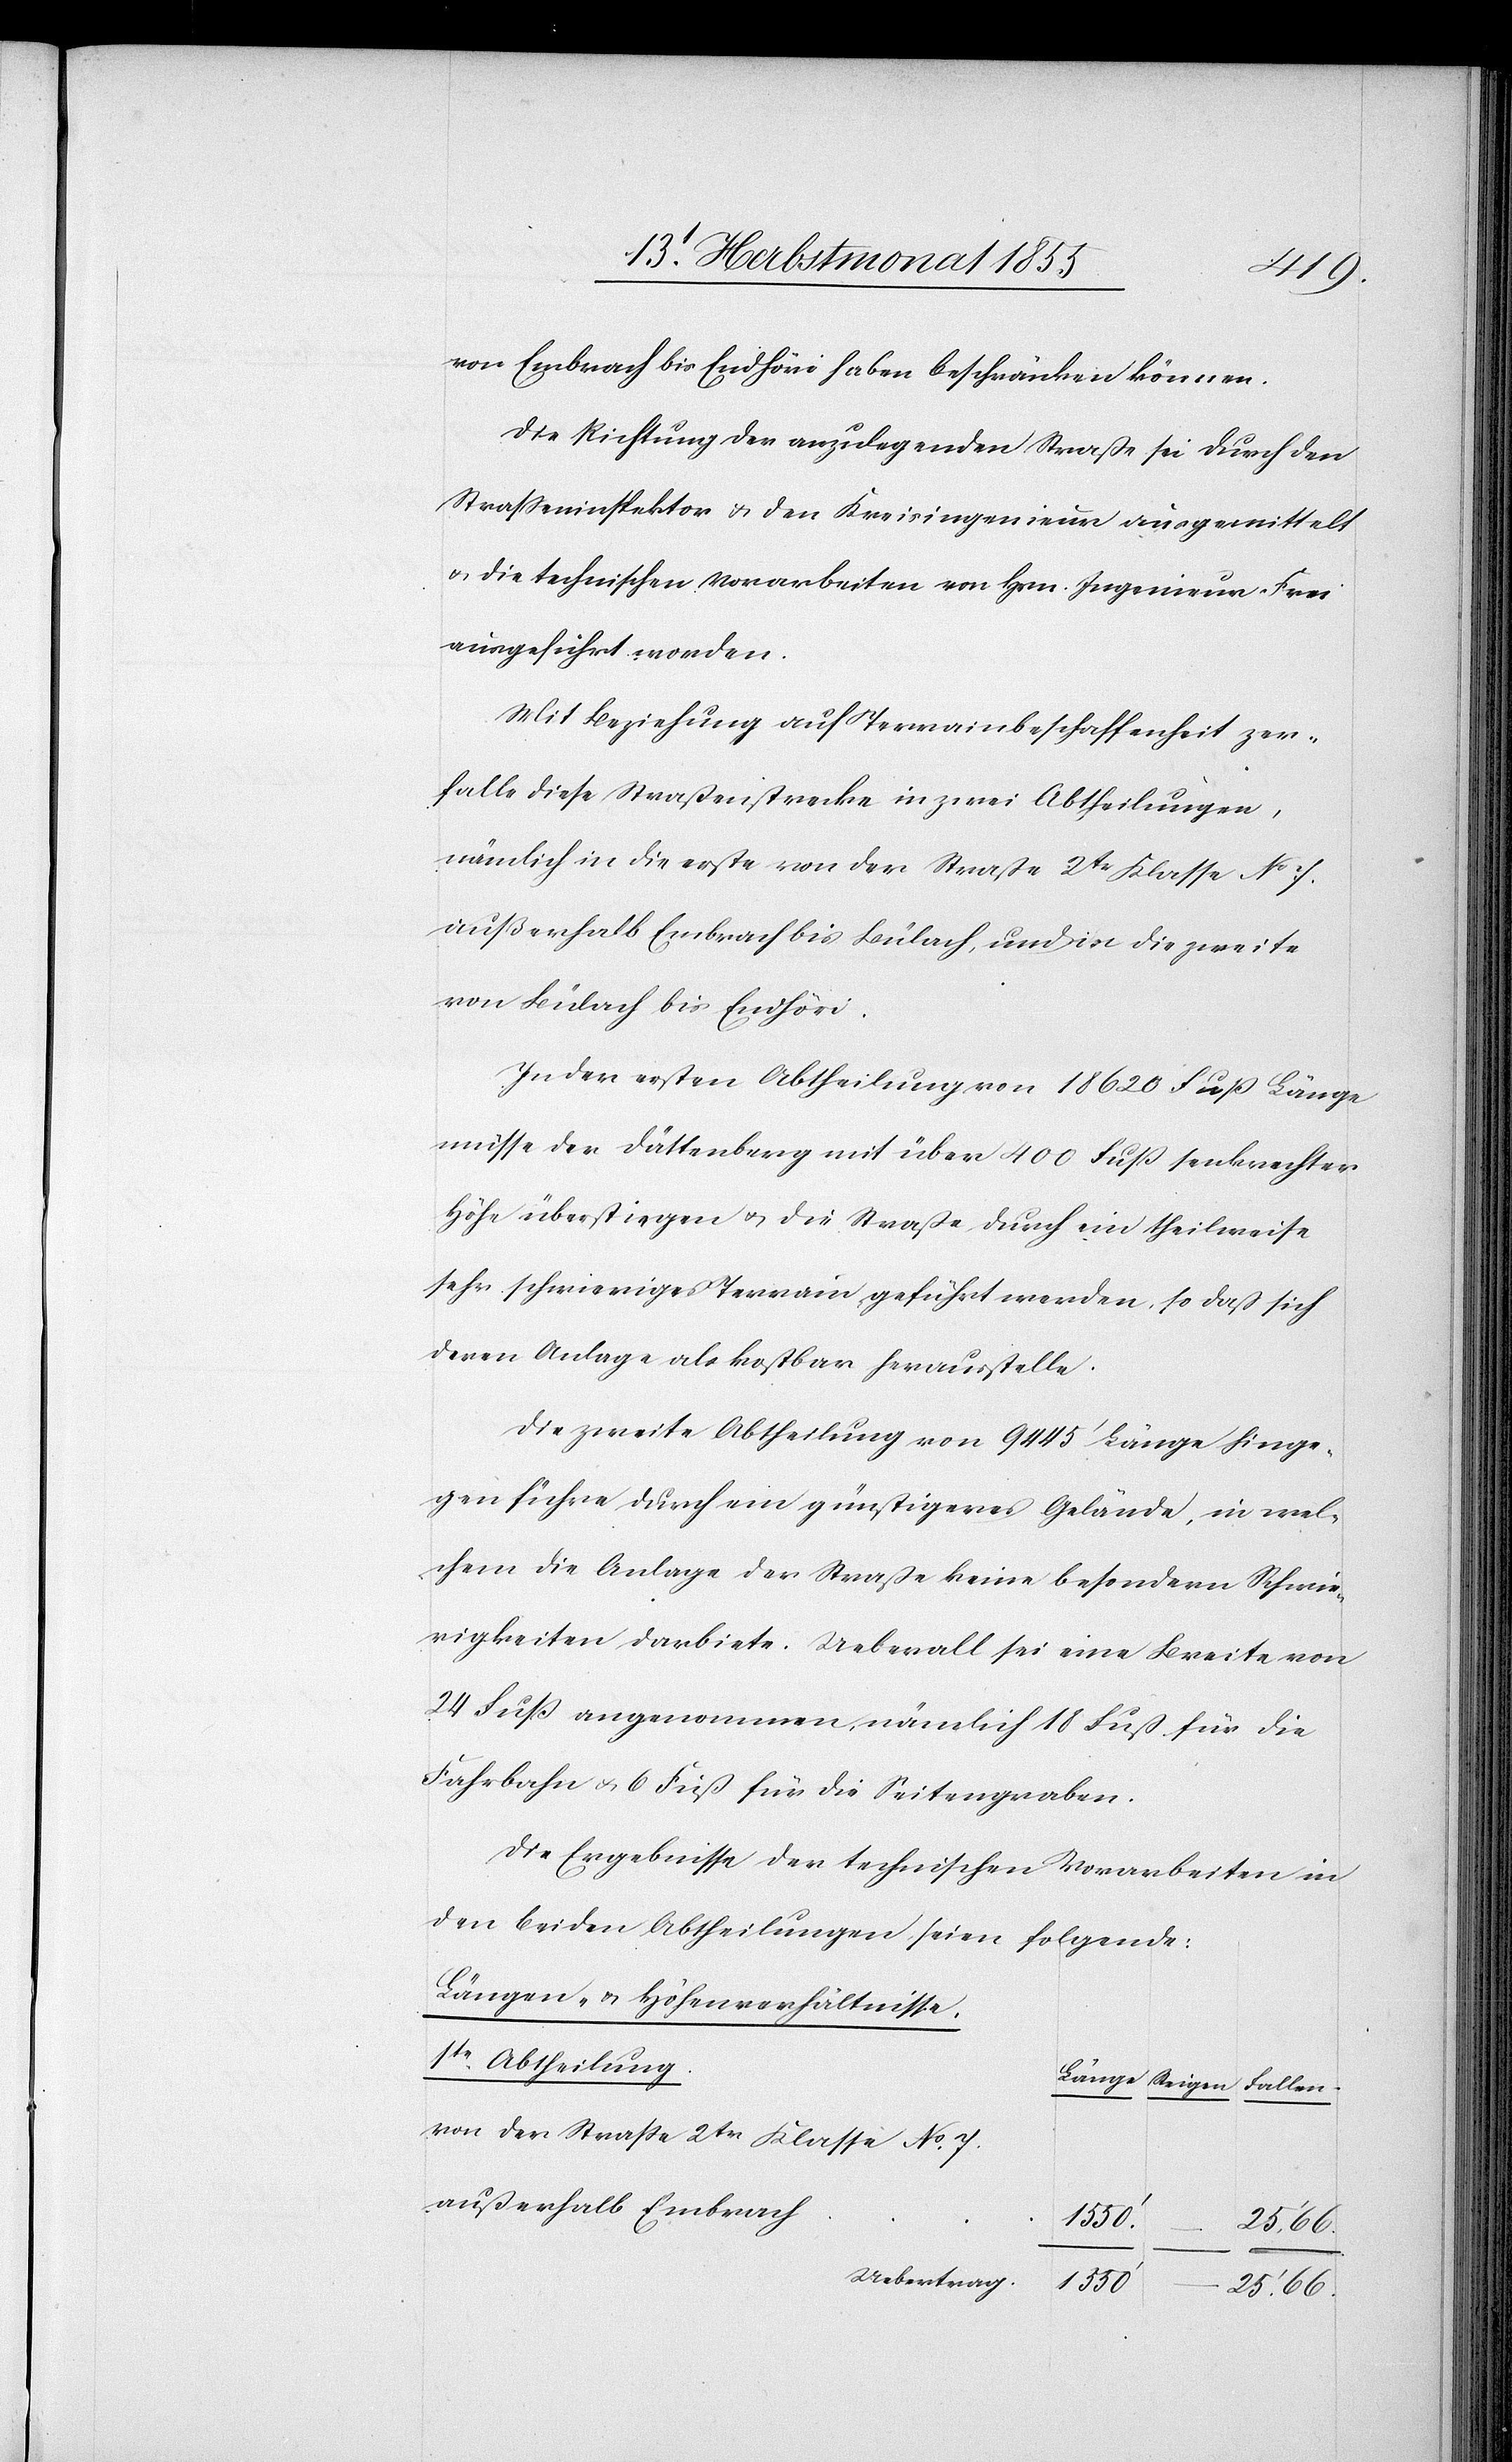
von Embrach bis Endhöri haben beschränken können.
Die Richtung der anzulegenden Straße sei durch den
Strasseninspektor & den Kreisingenieur ausgemittelt
& die technischen Vorarbeiten von Hrn. Ingenieur Frei
ausgeführt worden.
Mit Beziehung auf Terrainbeschaffenheit zer¬
falle diese Straßenstrecke in zwei Abtheilungen,
nämlich in die erste von der Straße 2tr Klasse No 7.
außerhalb Embrach bis Bülach, und in die zweite
von Bülach bis Endhöri.
In der ersten Abtheilung von 18 620 Fuß Länge
müsse der Dättenberg mit über 400 Fuß senkrechter
Höhe überstiegen & die Straße durch ein theilweise
sehr schwieriges Terrain geführt werden, so daß sich
deren Anlage als kostbar herausstelle.
Die zweite Abtheilung von 9445‘ Länge hinge¬
gen führe durch ein günstigeres Gelände, in wel¬
chem die Anlage der Straße keine besondern Schwie¬
rigkeiten darbiete. Ueberall sei eine Breite von
24 Fuß angenommen, nämlich 18 Fuß für die
Fahrbahn & 6 Fuß für die Seitengraben.
Die Ergebnisse der technischen Vorarbeiten in
den beiden Abtheilungen seien folgende:
Längen- & Höhenverhältnisse.
1te. Abtheilung.
Länge
von der Straße 2tr Klasse No. 7.
außerhalb Embrach
Uebertrag.
1550‘
25‘. 66.